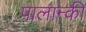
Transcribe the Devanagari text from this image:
पालान्की